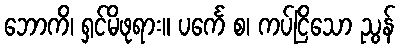
ဘောကိ၊ ရှင်မိဖုရား။ ပင်္ကေ စ၊ ကပ်ငြိသော ညွန်